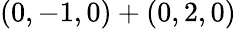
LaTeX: (0,-1,0)+(0,2,0)